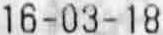
16-03-18